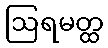
ဩရမတ္ထ